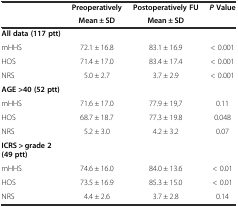
| <ROWSPAN=2>  | Preoperatively | Postoperatively FU | P Value |
 | Mean ± SD | Mean ± SD |  |
 | --- | --- | --- | --- |
 | All data (117 ptt) |  |  |  |
 | mHHS | 72.1 ± 16.8 | 83.1 ± 16.9 | < 0.001 |
 | HOS | 71.4 ± 17.0 | 83.4 ± 17.4 | < 0.001 |
 | NRS | 5.0 ± 2.7 | 3.7 ± 2.9 | < 0.001 |
 | AGE >40 (52 ptt) |  |  |  |
 | mHHS | 71.6 ± 17.0 | 77.9 ± 19,7 | 0.11 |
 | HOS | 68.7 ± 18.7 | 77.3 ± 19.8 | 0.048 |
 | NRS | 5.2 ± 3.0 | 4.2 ± 3.2 | 0.07 |
 | ICRS > grade 2 (49 ptt) |  |  |  |
 | mHHS | 74.6 ± 16.0 | 84.0 ± 13.6 | < 0.01 |
 | HOS | 73.5 ± 16.9 | 85.3 ± 15.0 | < 0.01 |
 | NRS | 4.4 ± 2.6 | 3.7 ± 2.8 | 0.14 |